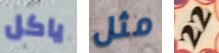
ياكل مثل 22